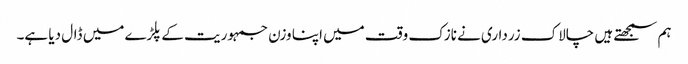
ہم سمجھتے ہیں چالاک زرداری نے نازک وقت میں اپنا وزن جمہوریت کے پلڑے میں ڈال دیا ہے۔